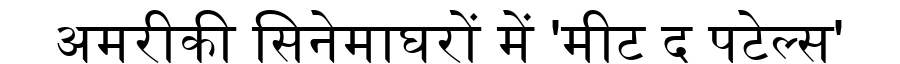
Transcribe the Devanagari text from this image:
अमरीकी सिनेमाघरों में 'मीट द पटेल्स'